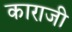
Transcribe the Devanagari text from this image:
काराजी